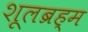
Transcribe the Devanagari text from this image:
शूलब्रह्म